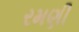
રમણી